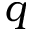
q